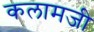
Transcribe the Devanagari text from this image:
कलामजी